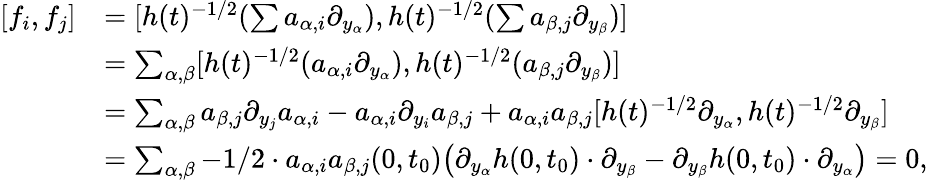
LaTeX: \begin{array}{rl}{[f_{i},f_{j}]}&{=[h(t)^{-1/2}(\sum a_{\alpha,i}\partial_{y_{\alpha}}),h(t)^{-1/2}(\sum a_{\beta,j}\partial_{y_{\beta}})]}\\ &{=\sum_{\alpha,\beta}[h(t)^{-1/2}(a_{\alpha,i}\partial_{y_{\alpha}}),h(t)^{-1/2}(a_{\beta,j}\partial_{y_{\beta}})]}\\ &{=\sum_{\alpha,\beta}a_{\beta,j}\partial_{y_{j}}a_{\alpha,i}-a_{\alpha,i}\partial_{y_{i}}a_{\beta,j}+a_{\alpha,i}a_{\beta,j}[h(t)^{-1/2}\partial_{y_{\alpha}},h(t)^{-1/2}\partial_{y_{\beta}}]}\\ &{=\sum_{\alpha,\beta}-1/2\cdot a_{\alpha,i}a_{\beta,j}(0,t_{0})\bigl(\partial_{y_{\alpha}}h(0,t_{0})\cdot\partial_{y_{\beta}}-\partial_{y_{\beta}}h(0,t_{0})\cdot\partial_{y_{\alpha}}\bigr)=0,}\end{array}